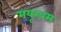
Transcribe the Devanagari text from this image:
मयूखम